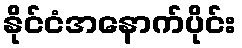
နိုင်ငံအနောက်ပိုင်း